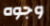
وجوه